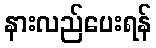
နားလည်ပေးရန်